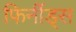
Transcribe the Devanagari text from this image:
फिर्नीड्स